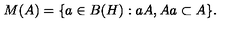
M ( A ) = \{ a \in B ( H ) : a A , A a \subset A \} .